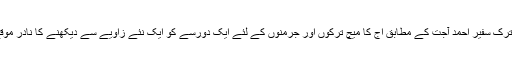
برلن میں متعینہ ترک سفیر احمد آجت کے مطابق اج کا میچ ترکوں اور جرمنوں کے لئے ایک دورسے کو ایک نئے زاویے سے دیکھنے کا نادر موقع فراہم کرتا ہے۔